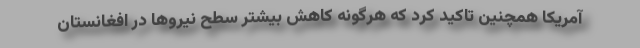
آمریکا همچنین تاکید کرد که هرگونه کاهش بیشتر سطح نیروها در افغانستان